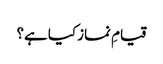
قیامِ نماز کیا ہے؟